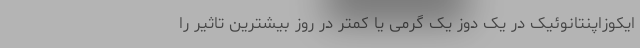
ایکوزاپنتانوئیک در یک دوز یک گرمی یا کمتر در روز بیشترین تاثیر را